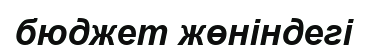
бюджет жөніндегі